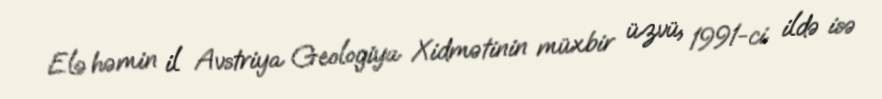
Elə həmin il Avstriya Geologiya Xidmətinin müxbir üzvü, 1991-ci ildə isə